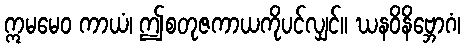
ဣမမေဝ ကာယံ၊ ဤစတုဇကာယကိုပင်လျှင်။ ဃနဝိနိဗ္ဘောဂံ၊